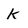
Character: k